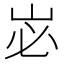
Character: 𭖑